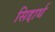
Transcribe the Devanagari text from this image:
सिद्दार्थ